Civil Veterinary Dept. Bombay admin report 1932-41 - 1932-1941
Year: 1932
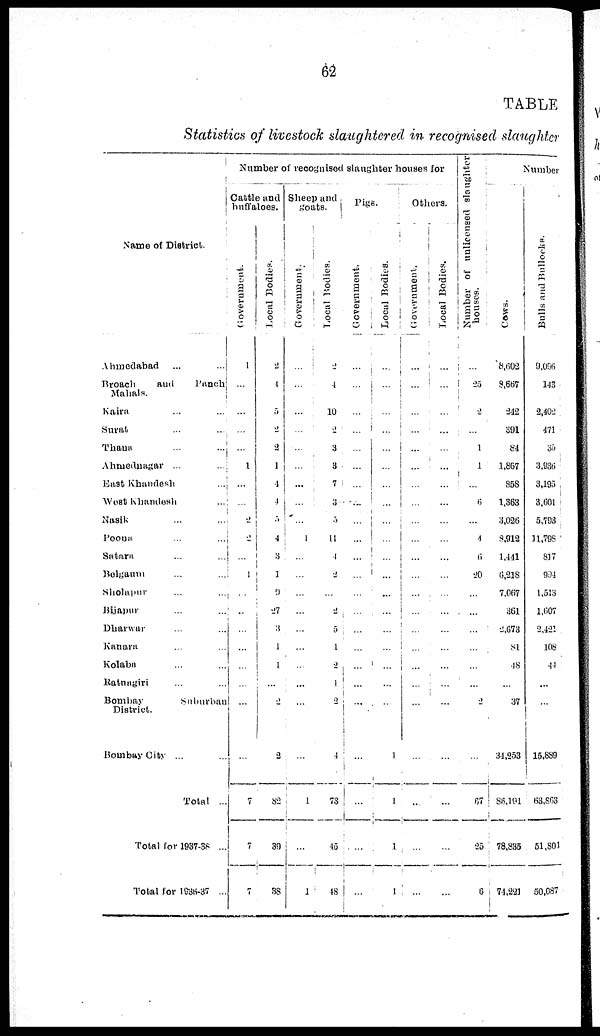
62
TABLE
Statistics of livestock slaughtered in recognised slaughter
Name of District.
Ahmedabad
...
...
Broach
and
Panch
Mahals.
Kaira ... ...
Surat
...
...
Thana ... ...
Ahmednagar ...
East
Khandesh
...
West Khandesh
...
Nasik ... ...
Poona ... ...
Satara ... ...
Belgaum ... ...
Sholapur ... ...
Bijapur ... ...
Dharwar ... ...
Kanara ... ...
Kolaba ... ...
Ratnagiri ... ...
Bombay
Suburban
District.
Bombay City ... ...
Total ...
Total for 1937-38 ...
Total for 1936-37 ...
Number of recognised slaughter bouses for
Cattle and
buffaloes.
Government.
1
...
...
...
...
1
...
...
2
2
...
1
...
...
...
...
...
...
...
...
7
7
7
Local Bodies.
2
4
5
2
2
1
4
4
5
4
3
1
9
27
3
1
1
...
2
2
82
39
38
Sheep and
goats.
Government.
...
...
...
...
...
...
...
...
...
...
...
...
...
...
...
...
...
...
...
...
1
...
1
Local Bodies.
2
4
10
2
3
3
7
3
3
11
4
2
...
2
5
1
2
4
2
4
73
45
48
Pigs.
Government.
...
...
...
...
...
...
...
...
...
...
...
...
...
...
...
...
...
...
...
...
...
...
...
Local Bodies.
...
...
...
...
...
...
...
...
...
...
...
...
...
...
...
...
...
...
...
1
1
1
1
Others.
Government.
...
...
...
...
...
...
...
...
...
...
...
...
...
...
...
...
...
...
...
...
...
...
...
Local Bodies.
...
...
...
...
...
...
...
...
...
...
...
...
...
...
...
...
...
...
...
...
...
...
...
Number of unlicensed slaughter
houses.
...
25
2
...
1
1
...
6
...
4
6
20
...
...
...
...
...
...
2
...
67
25
6
Number
Cows .
8,602
8,667
242
391
84
1,867
858
1,363
3,026
8,912
1,141
6,218
7,067
361
2,673
81
48
...
37
34,253
86,191
78,835
74,221
Bulls and Bulloc
9,096
143
2,402
471
35
3,936
3,195
3,601
5,793
11,798
817
994
1,513
1,607
2,421
108
44
...
...
15,889
63,863
51,801
50,087